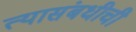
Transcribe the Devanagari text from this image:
त्यासंबधीची